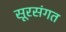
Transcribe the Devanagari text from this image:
सूरसंगत